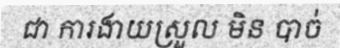
ជា ការងាយស្រួល មិន បាច់